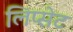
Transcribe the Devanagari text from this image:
लिप्सेट